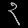
Digit: ၃